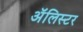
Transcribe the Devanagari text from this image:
अॅलिस्टर